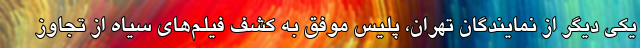
یکی دیگر از نمایندگان تهران، پلیس موفق به کشف فیلم‌های سیاه از تجاوز